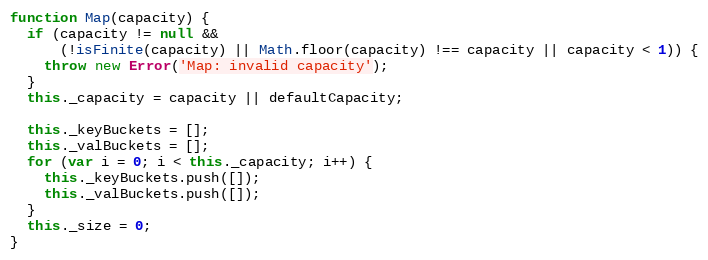
Language: JavaScript
function Map(capacity) {
  if (capacity != null &&
      (!isFinite(capacity) || Math.floor(capacity) !== capacity || capacity < 1)) {
    throw new Error('Map: invalid capacity');
  }
  this._capacity = capacity || defaultCapacity;

  this._keyBuckets = [];
  this._valBuckets = [];
  for (var i = 0; i < this._capacity; i++) {
    this._keyBuckets.push([]);
    this._valBuckets.push([]);
  }
  this._size = 0;
}